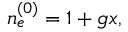
\begin{array} { r } { n _ { e } ^ { ( 0 ) } = 1 + g x , } \end{array}